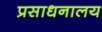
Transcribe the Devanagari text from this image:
प्रसाधनालय